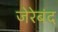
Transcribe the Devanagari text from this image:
जेरेबंद